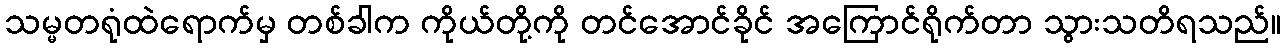
သမ္မတရုံထဲရောက်မှ တစ်ခါက ကိုယ်တို့ကို တင်အောင်ခိုင် အကြောင်ရိုက်တာ သွားသတိရသည်။